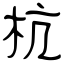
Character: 杭